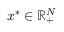
{ \boldsymbol x } ^ { * } \in \ensuremath { \mathbb { R } } _ { + } ^ { N }